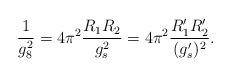
LaTeX: \begin{align*}\frac{1}{g_8^2} = 4\pi^2 \frac{R_1 R_2}{g_s^2} = 4\pi^2 \frac{R'_1R'_2}{(g'_s)^2}.\end{align*}